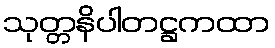
သုတ္တနိပါတဋ္ဌကထာ